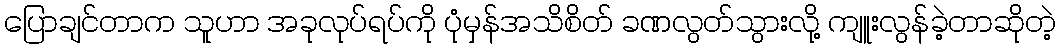
ပြောချင်တာက သူဟာ အခုလုပ်ရပ်ကို ပုံမှန်အသိစိတ် ခဏလွတ်သွားလို့ ကျူးလွန်ခဲ့တာဆိုတဲ့